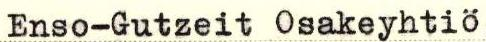
Enso-Gutzeit Osakeyhtiö